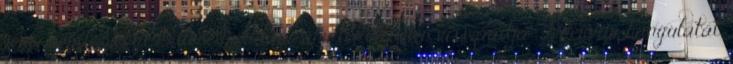
zenei rendezvényt kellene mondani, ami tökéletesen visszaadja Fehérvár hangulatát,